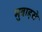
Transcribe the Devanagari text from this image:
मुबाहसे